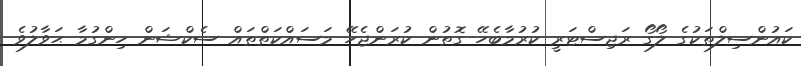
ކައުންސިލްތަކުގެ ލޯގޯ ރަޖިސްޓަރީ ކުރުމާބެހޭ ގޮތުން ކުރަންޖެހޭ މަސައްކަތްތައް ސެކްޝަން ހިންގުމާ ޙަވާލުވެ